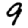
Digit: 9